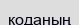
коданың